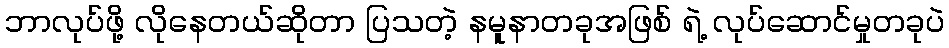
ဘာလုပ်ဖို့ လိုနေတယ်ဆိုတာ ပြသတဲ့ နမူနာတခုအဖြစ် ရဲ့ လုပ်ဆောင်မှုတခုပဲ